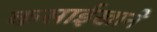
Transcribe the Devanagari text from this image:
कसाईखाने